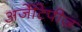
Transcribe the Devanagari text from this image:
अर्जेटिपीज़